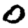
Digit: 0